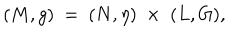
LaTeX: ( M , g ) \ = \ ( N , \eta ) \; \times \; ( L , G ) ,